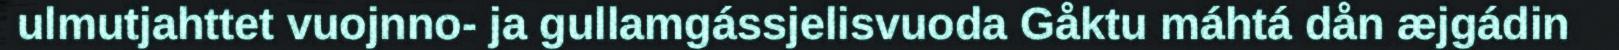
ulmutjahttet vuojnno- ja gullamgássjelisvuoda Gåktu máhtá dån æjgádin